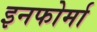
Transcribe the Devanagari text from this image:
इनफोर्मा